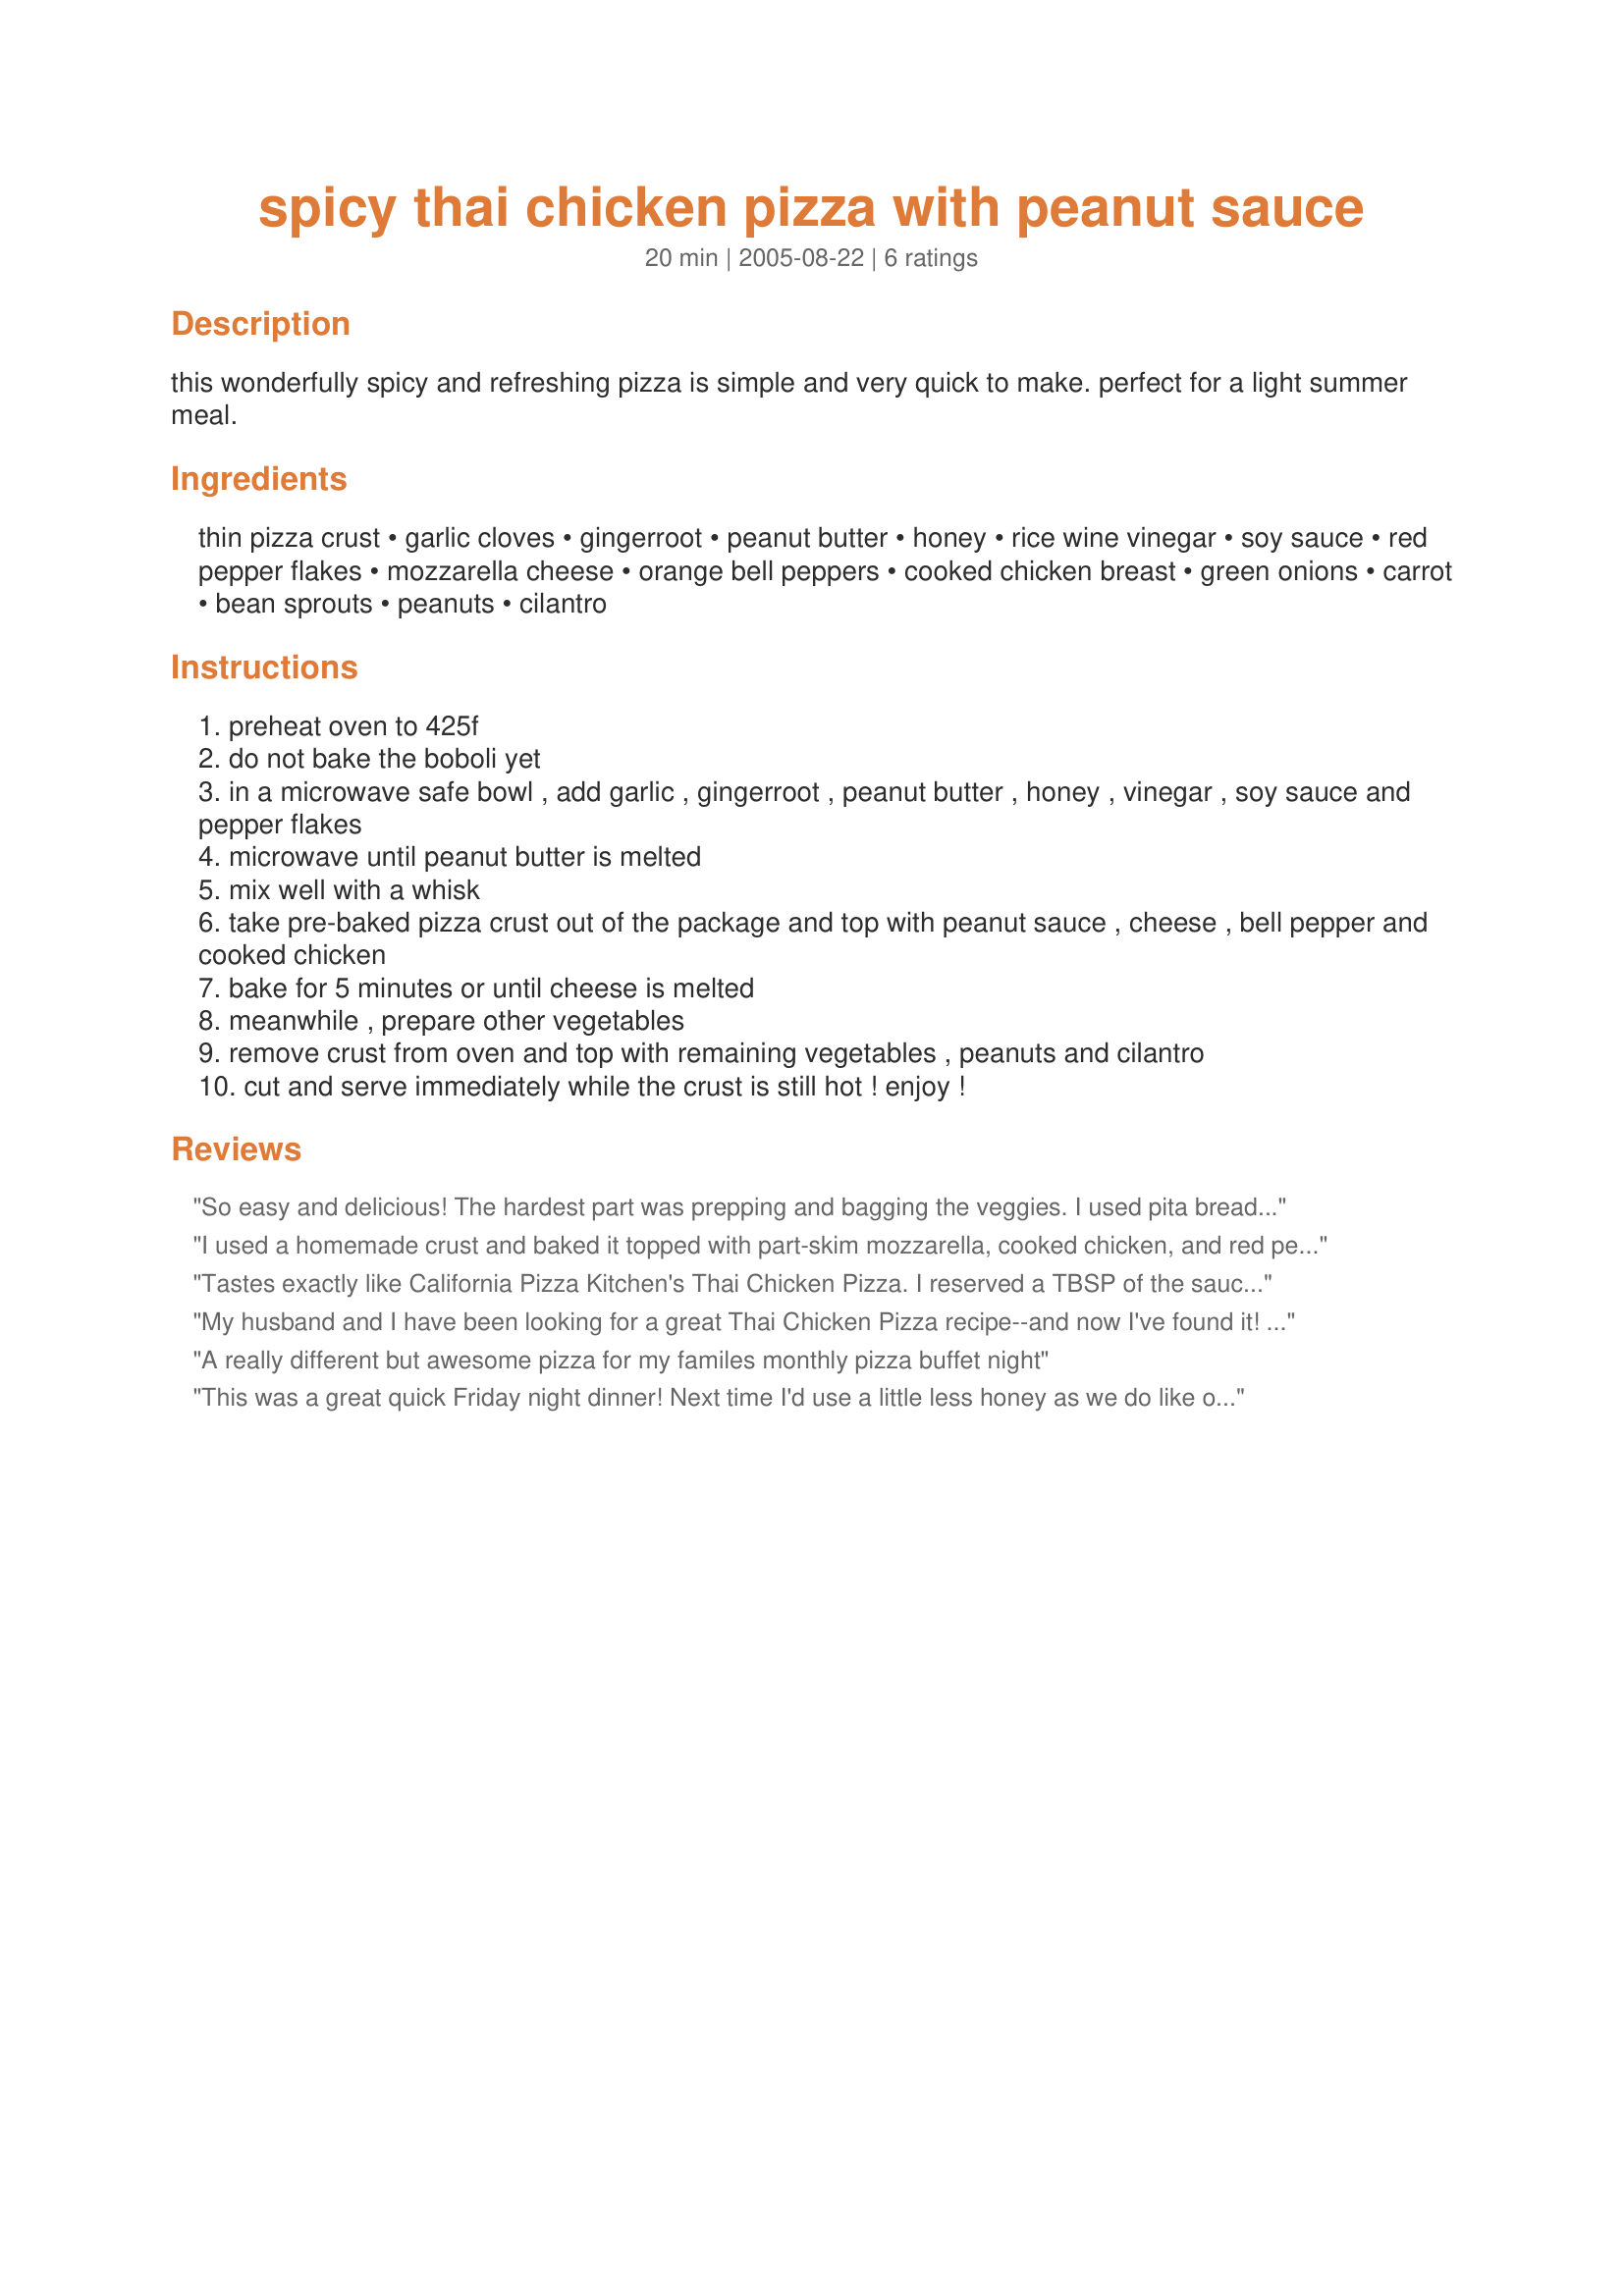
spicy thai chicken pizza with peanut sauce
Preparation time: 20 minutes

this wonderfully spicy and refreshing pizza is simple and very quick to make. perfect for a light summer meal.

Ingredients:
thin pizza crust, garlic cloves, gingerroot, peanut butter, honey, rice wine vinegar, soy sauce, red pepper flakes, mozzarella cheese, orange bell peppers, cooked chicken breast, green onions, carrot, bean sprouts, peanuts, cilantro

Steps:
preheat oven to 425f
do not bake the boboli yet
in a microwave safe bowl , add garlic , gingerroot , peanut butter , honey , vinegar , soy sauce and pepper flakes
microwave until peanut butter is melted
mix well with a whisk
take pre-baked pizza crust out of the package and top with peanut sauce , cheese , bell pepper and cooked chicken
bake for 5 minutes or until cheese is melted
meanwhile , prepare other vegetables
remove crust from oven and top with remaining vegetables , peanuts and cilantro
cut and serve immediately while the crust is still hot ! enjoy !

Reviews:
So easy and delicious! The hardest part was prepping and bagging the veggies. I used pita bread instead of pizza dough (for convenience). At home, I pan toasted the "pita pizza". At work, I toasted the pita bread, topped with sauce, cheese, and chicken, and popped in the microwave to melt the cheese. Then I topped it with the rest of the veggies. Yum!
I used a homemade crust and baked it topped with part-skim mozzarella, cooked chicken, and red peppers. The sauce was great with light peanut butter. It recieved the ultimate compliment in my house, "I'd eat that again!".
Tastes exactly like California Pizza Kitchen's Thai Chicken Pizza.

I reserved a TBSP of the sauce base & lightly coated the chicken (MmmMmmmm!) I also used an extra 1/2 cup of chicken, 1/2 cup more orange bell pepper, and SHREDDED the carrots with a cheese grater (like CPK does) rather than chop it. 

Looks gorgeous & colorful coming out of the oven. Pizza with a peanut butter sauce base? ABSOLUTELY!

I posted a pic of my masterpiece. ;) Enjoy.
My husband and I have been looking for a great Thai Chicken Pizza recipe--and now I've found it! This was just the right amount of heat and tasted great. Next time I'm going to try it on a lavosh crust, although the thin crust worked very well.Great recipe!
A really different but awesome pizza for my familes monthly pizza buffet night
This was a great quick Friday night dinner! Next time I'd use a little less honey as we do like our sauces spicy, but it was still yummy as is. Very versatile too, you could add anything you liked. Thanks for posting!
